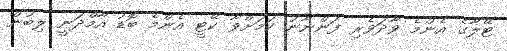
ޓޭލާގެ އެންމެ ވާދަވެރި ފަންނާނު ކަމަށްވާ ކޭޓީ އެންމެ ބޮޑު އާމްދަނީ ލިބުން